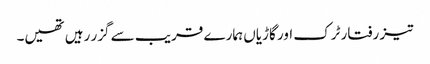
تیز رفتار ٹرک اور گاڑیاں ہمارے قریب سے گزر رہیں تھیں۔